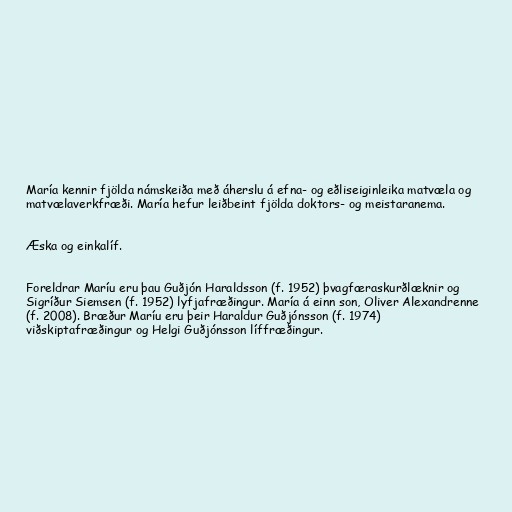
María kennir fjölda námskeiða með áherslu á efna- og eðliseiginleika matvæla og
matvælaverkfræði. María hefur leiðbeint fjölda doktors- og meistaranema.

Æska og einkalíf.

Foreldrar Maríu eru þau Guðjón Haraldsson (f. 1952) þvagfæraskurðlæknir og
Sigríður Siemsen (f. 1952) lyfjafræðingur. María á einn son, Oliver Alexandrenne
(f. 2008). Bræður Maríu eru þeir Haraldur Guðjónsson (f. 1974)
viðskiptafræðingur og Helgi Guðjónsson líffræðingur.